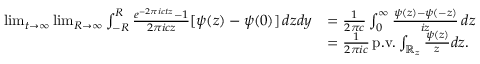
\begin{array} { r l } { \operatorname* { l i m } _ { t \rightarrow \infty } \operatorname* { l i m } _ { R \rightarrow \infty } \int _ { - R } ^ { R } \frac { e ^ { - 2 \pi i c t z } - 1 } { 2 \pi i c z } [ \psi ( z ) - \psi ( 0 ) ] \, d z d y } & { = \frac { 1 } { 2 \pi c } \int _ { 0 } ^ { \infty } \frac { \psi ( z ) - \psi ( - z ) } { i z } \, d z } \\ & { = \frac { 1 } { 2 \pi i c } \, \mathrm { p . v . } \int _ { \mathbb { R } _ { z } } \frac { \psi ( z ) } { z } d z . } \end{array}